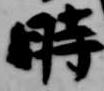
時